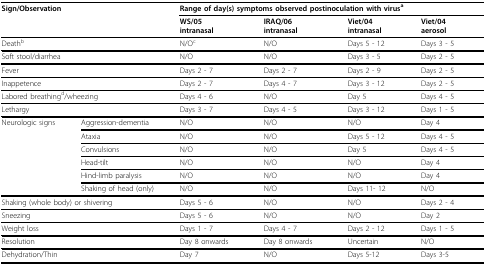
<table><thead><tr><td colspan="2"><b>Sign/Observation</b></td><td colspan="4"><b>Range of day(s) symptoms observed postinoculation with virus<sup>a</sup></b></td></tr><tr><td></td><td></td><td><b>WS/05intranasal</b></td><td><b>IRAQ/06intranasal</b></td><td><b>Viet/04intranasal</b></td><td><b>Viet/04aerosol</b></td></tr></thead><tbody><tr><td colspan="2">Death<sup>b</sup></td><td>N/O<sup>c</sup></td><td>N/O</td><td>Days 5 - 12</td><td>Days 3 - 5</td></tr><tr><td colspan="2">Soft stool/diarrhea</td><td>N/O</td><td>N/O</td><td>Days 3 - 5</td><td>Days 2 - 5</td></tr><tr><td colspan="2">Fever</td><td>Days 2 - 7</td><td>Days 2 - 7</td><td>Days 2 - 9</td><td>Days 2 - 5</td></tr><tr><td colspan="2">Inappetence</td><td>Days 2 - 7</td><td>Days 4 - 7</td><td>Days 3 - 12</td><td>Days 2 - 5</td></tr><tr><td colspan="2">Labored breathing<sup>d</sup>/wheezing</td><td>Days 4 - 6</td><td>N/O</td><td>Day 5</td><td>Days 4 - 5</td></tr><tr><td colspan="2">Lethargy</td><td>Days 3 - 7</td><td>Days 4 - 5</td><td>Days 3 - 12</td><td>Days 1 - 5</td></tr><tr><td>Neurologic signs</td><td>Aggression-dementia</td><td>N/O</td><td>N/O</td><td>N/O</td><td>Day 4</td></tr><tr><td></td><td>Ataxia</td><td>N/O</td><td>N/O</td><td>Days 5 - 12</td><td>Days 4 - 5</td></tr><tr><td></td><td>Convulsions</td><td>N/O</td><td>N/O</td><td>Day 5</td><td>Days 4 - 5</td></tr><tr><td></td><td>Head-tilt</td><td>N/O</td><td>N/O</td><td>N/O</td><td>Day 4</td></tr><tr><td></td><td>Hind-limb paralysis</td><td>N/O</td><td>N/O</td><td>N/O</td><td>Day 4</td></tr><tr><td></td><td>Shaking of head (only)</td><td>N/O</td><td>N/O</td><td>Days 11- 12</td><td>N/O</td></tr><tr><td colspan="2">Shaking (whole body) or shivering</td><td>Days 5 - 6</td><td>N/O</td><td>N/O</td><td>Days 2 - 4</td></tr><tr><td colspan="2">Sneezing</td><td>Days 5 - 6</td><td>N/O</td><td>N/O</td><td>Day 2</td></tr><tr><td colspan="2">Weight loss</td><td>Days 1 - 7</td><td>Days 4 - 7</td><td>Days 2 - 12</td><td>Days 1 - 5</td></tr><tr><td colspan="2">Resolution</td><td>Day 8 onwards</td><td>Day 8 onwards</td><td>Uncertain</td><td>N/O</td></tr><tr><td colspan="2">Dehydration/Thin</td><td>Day 7</td><td>N/O</td><td>Days 5-12</td><td>Days 3-5</td></tr></tbody></table>